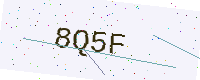
Text: 8Q5F